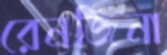
রেনজিনা